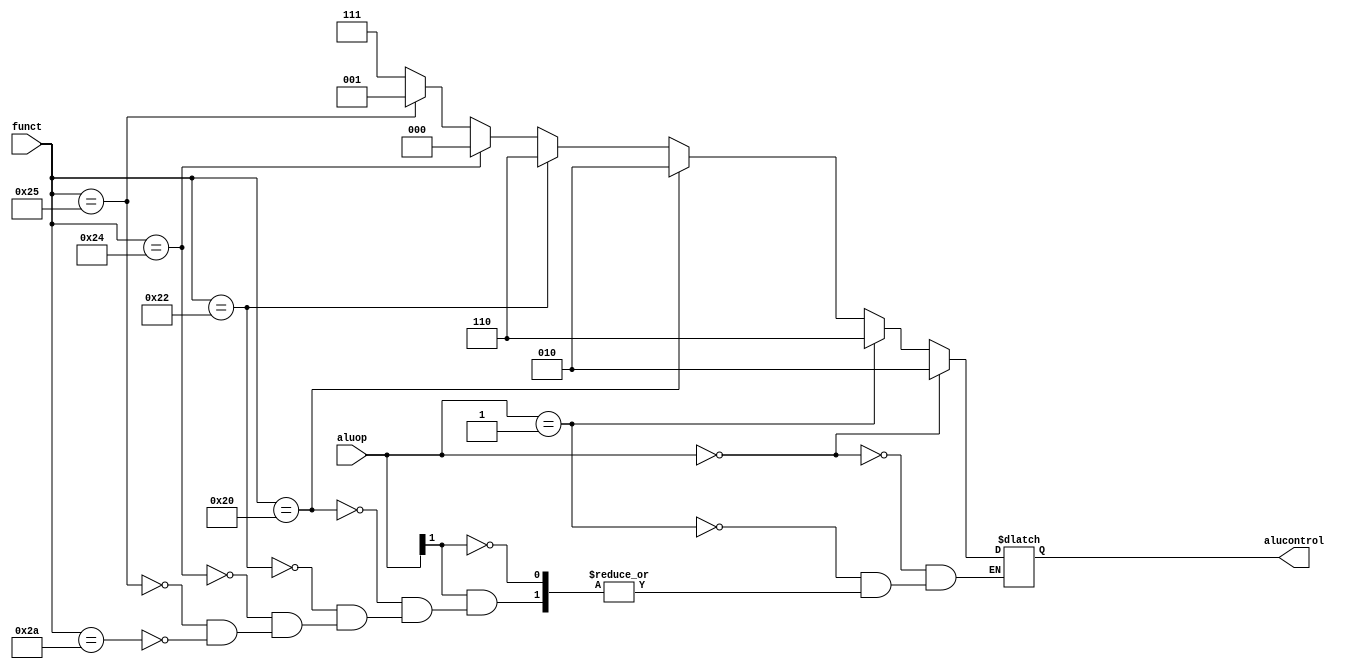
module aludec (
		input [5:0] funct,
		input [1:0] aluop,
		output reg [2:0] alucontrol
		);
	// Write your code here.
	
	always@(aluop or funct) begin
		if(aluop == 2'b00)
			alucontrol <= 3'b010;
		else if(aluop == 2'b01)
			alucontrol <= 3'b110;
		else if(aluop[1] == 1'b1)begin
			if(funct == 6'b100000)
				alucontrol <= 3'b010;
			else if(funct == 6'b100010)
				alucontrol <= 3'b110;
			else if(funct == 6'b100100)
				alucontrol <= 3'b000;
			else if(funct == 6'b100101)
				alucontrol <= 3'b001;
			else if(funct == 6'b101010)
				alucontrol <= 3'b111;
		end
	
	end
	
	
endmodule